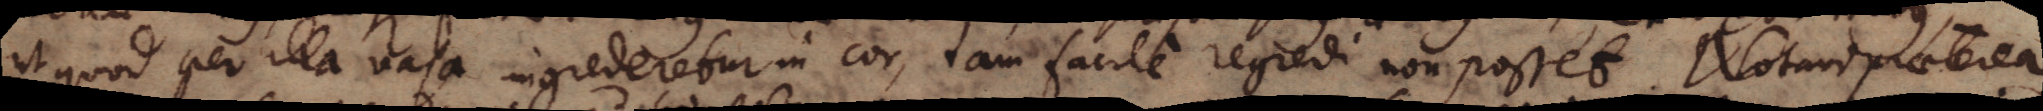
ut quod per illa vasa ingrederetur in cor, tam facile regredi non posset. Notavi praeterea